Vaccination in Burma 1920-1933 - 1920-1933
Year: 1920
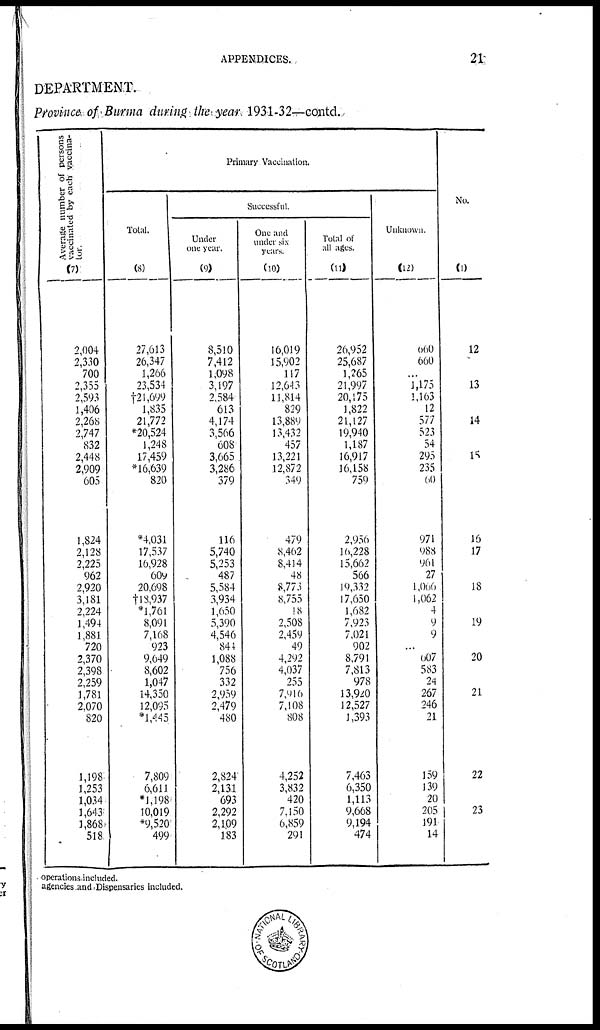
APPENDICES.
21
DEPARTMENT.
Province of Burma during the year 1931-32—contd.
Average number of persons
vaccinated by each vaccina-
tor.
(7)
2,004
2,330
700
2,355
2,593
1,406
2,268
2,747
832
2,448
2,909
605
1,824
2,128
2,225
962
2,920
3,181
2,224
1,494
1,881
720
2,370
2,398
2,259
1,781
2,070
820
1,198
1,253
1,034
1,643
1,868
518
Primary Vaccination.
Total.
(8)
27,613
26,347
1,266
23,534
†21,699
1,835
21,772
*20,524
1,248
17,459
*16,639
820
*4,031
17,537
16,928
609
20,698
†18,937
*1,761
8,091
7,168
923
9,649
8,602
1,047
14,350
12,095
*1,445
7,809
6,611
*1,198
10,019
*9,520
499
Successful.
Under
one year.
(9)
8,510
7,412
1,098
3,197
2,584
613
4,174
3,566
608
3,665
3,286
379
116
5,740
5,253
487
5,584
3,934
1,650
5,390
4,546
844
1,088
756
332
2,959
2,479
480
2,824
2,131
693
2,292
2,109
183
One and
under six
years.
(10)
16,019
15,902
117
12,643
11,814
829
13,889
13,432
457
13,221
12,872
349
479
8,462
8,414
48
8,773
8,755
18
2,508
2,459
49
4,292
4,037
255
7,916
7,108
808
4,252
3,832
420
7,150
6,859
291
Total of
all ages.
(11)
26,952
25,687
1,265
21,997
20,175
1,822
21,127
19,940
1,187
16,917
16,158
759
2,956
16,228
15,662
566
19,332
17,650
1,682
7,923
7,021
902
8,791
7,813
978
13,920
12,527
1,393
7,463
6,350
1,113
9,668
9,194
474
Unknown.
(12)
660
660
...
7,175
1,163
12
577
523
54
295
235
60
971
988
961
27
1,006
1,062
4
9
9
...
607
583
24
267
246
21
159
139
20
205
191
14
No.
(1)
12
13
14
15
16
17
18
19
20
21
22
23
operations included.
agencies and Dispensaries included.